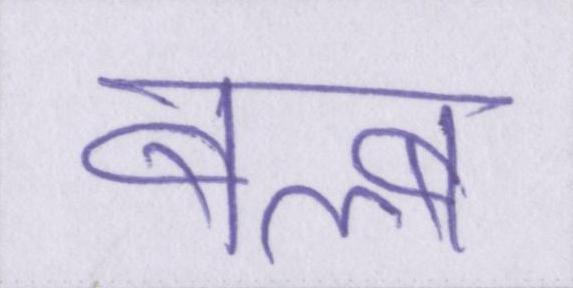
बल्ब